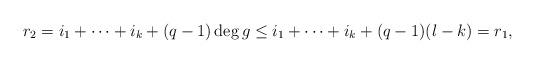
LaTeX: \begin{align*}r_2=i_1+\cdots+i_k+(q-1)\deg g\le i_1+\cdots+i_k+(q-1)(l-k)=r_1,\end{align*}